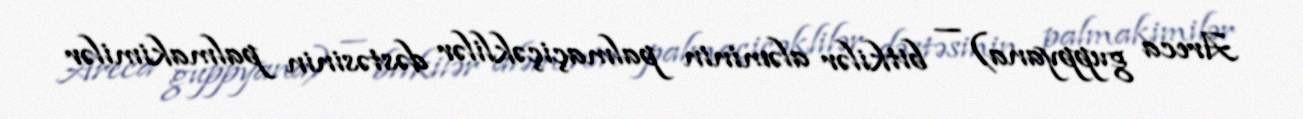
Areca guppyana) — bitkilər aləminin palmaçiçəklilər dəstəsinin palmakimilər